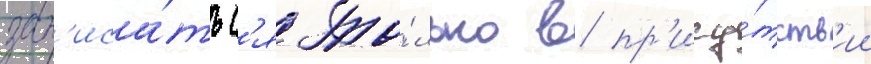
зап'иса́тьс'я то́лько в пр'ису́тств'ии